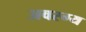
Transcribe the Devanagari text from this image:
अवस्ग्य